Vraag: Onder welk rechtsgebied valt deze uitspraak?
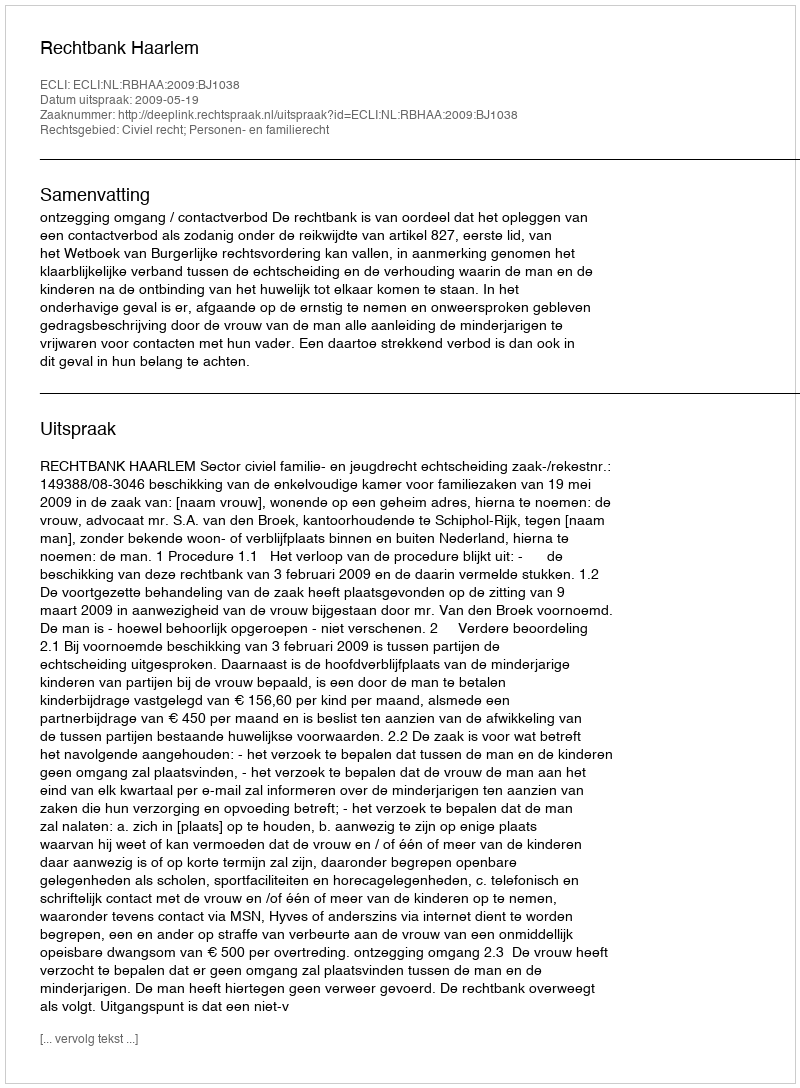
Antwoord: Civiel recht; Personen- en familierecht